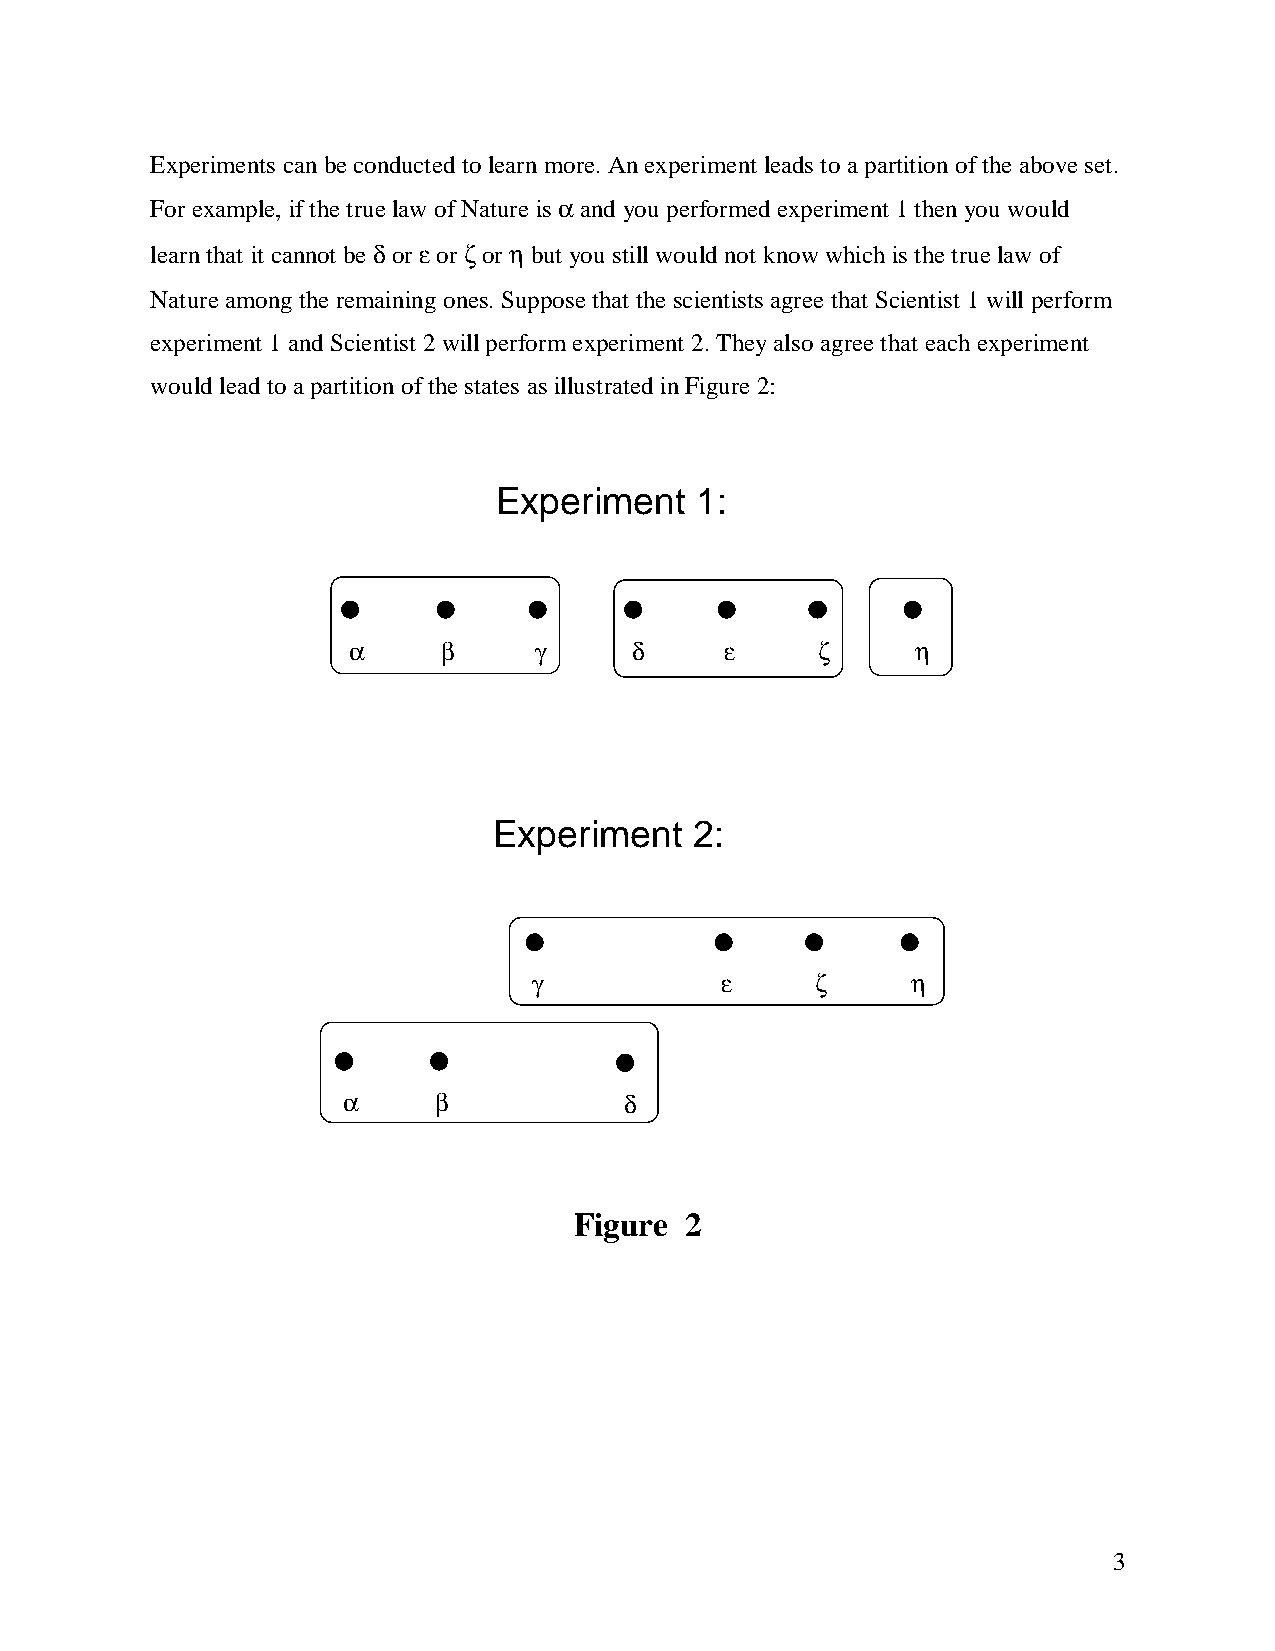
Experiments can be conducted to learn more. An experiment leads to a partition of the above set.
 For example, if the true law of Nature is a and you performed experiment 1 then you would
 learn that it cannot be d or e or z or h but you still would not know which is the true law of
 Nature among the remaining ones. Suppose that the scientists agree that Scientist 1 will perform
 experiment 1 and Scientist 2 will perform experiment 2. They also agree that each experiment
 would lead to a partition of the states as illustrated in Figure 2:
 Experiment   1:
 a    b      g      d    e      z      h
 Experiment   2:
 g            e     z     h
 a    b            d
 Figure 2
 3